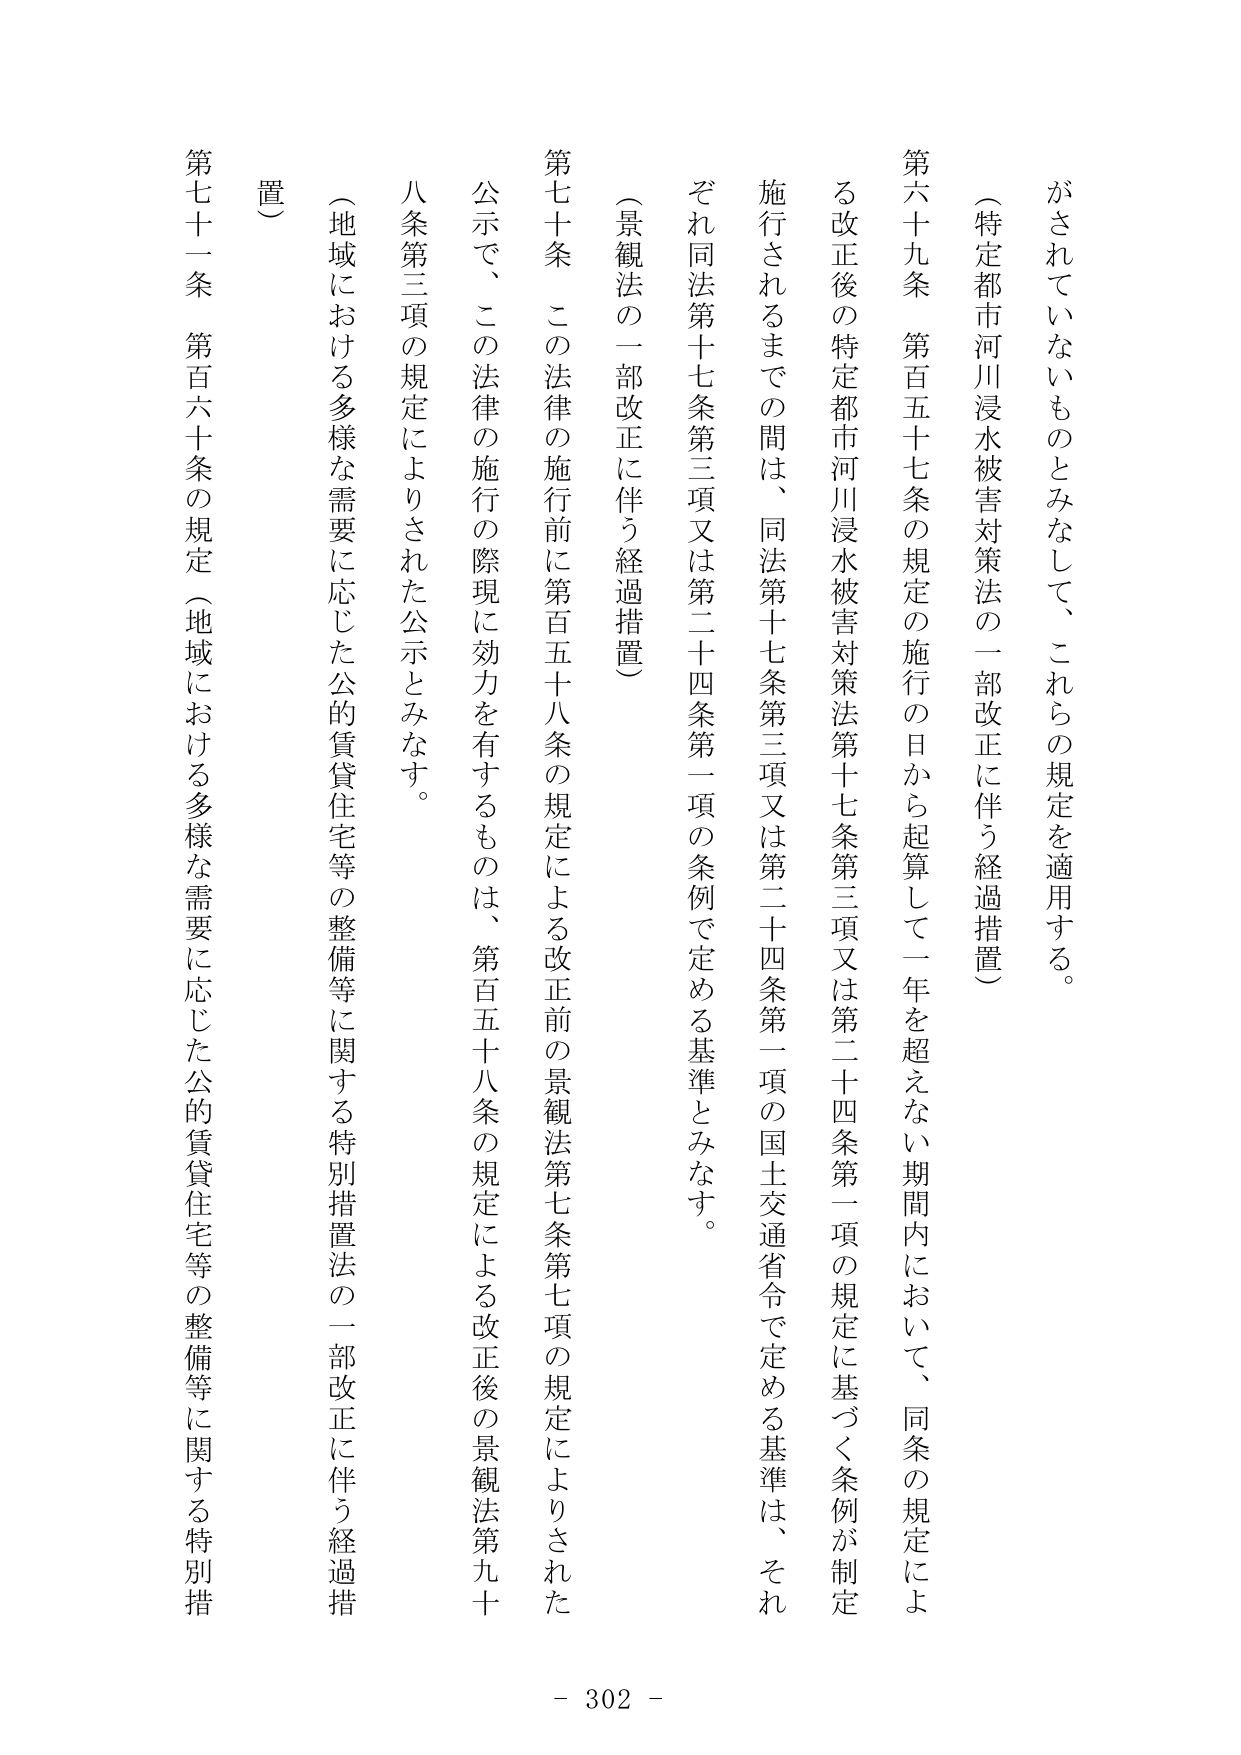
がされていないものとみなして、これらの規定を適用する。

（特定都市河川浸水被害対策法の一部改正に伴う経過措置）

第六十九条　第百五十七条の規定の施行の日から起算して一年を超えない期間内において、同条の規定による改正後の特定都市河川浸水被害対策法第十七条第三項又は第二十四条第一項の規定に基づく条例が制定施行されるまでの間は、同法第十七条第三項又は第二十四条第一項の国土交通省令で定める基準は、それぞれ同法第十七条第三項又は第二十四条第一項の条例で定める基準とみなす。

（景観法の一部改正に伴う経過措置）

第七十条　この法律の施行前に第百五十八条の規定による改正前の景観法第七条第七項の規定によりされた公示で、この法律の施行の際現に効力を有するものは、第百五十八条の規定による改正後の景観法第九十八条第三項の規定によりされた公示とみなす。

（地域における多様な需要に応じた公的賃貸住宅等の整備等に関する特別措置法の一部改正に伴う経過措置）

第七十一条　第百六十条の規定（地域における多様な需要に応じた公的賃貸住宅等の整備等に関する特別措置

- 302 -